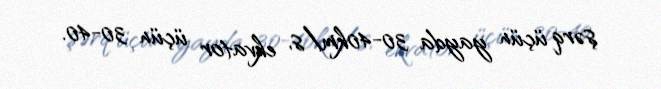
şərq üçün yayda 30-40km/s, ekvator üçün 30-40.